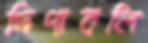
দিপাবলি